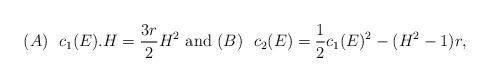
LaTeX: \begin{align*}(A)~~ c_1(E).H=\frac{3r}{2}H^2\mbox{ and }(B)~~c_2(E)=\frac{1}{2}c_1(E)^2-(H^2-1)r,\end{align*}